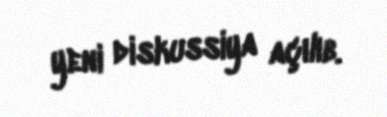
yeni diskussiya açılıb.